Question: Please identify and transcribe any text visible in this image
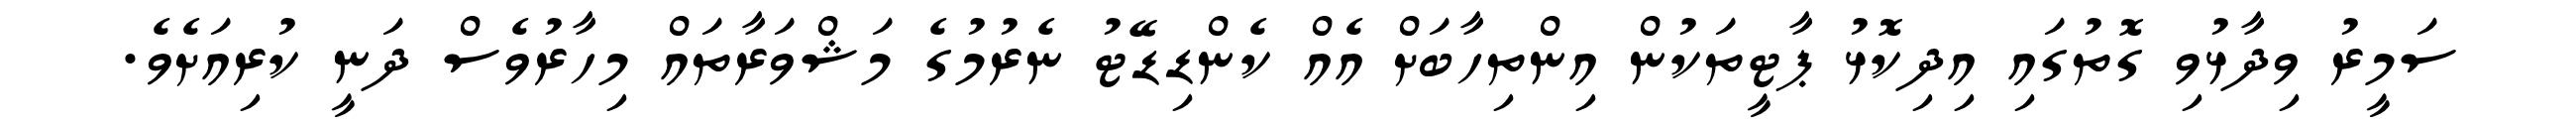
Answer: ސަމީރު ވިދާޅުވި ގޮތުގައި އިދިކޮޅު ޕާޓީތަކުން އިންތިހާބަށް އެއް ކެންޑިޑޭޓު ނެރުމުގެ މަޝްވަރާތައް މިހާރުވެސް ދަނީ ކުރިއަށެވެ.